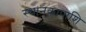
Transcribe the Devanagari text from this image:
स्थानकापाशि